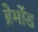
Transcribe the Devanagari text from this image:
ब्रेमोंड